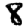
Digit: 8